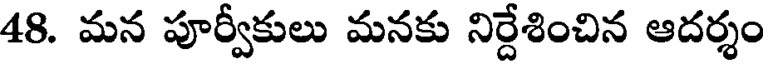
48. మన పూర్వీకులు మనకు నిర్దేశించిన ఆదర్శం